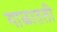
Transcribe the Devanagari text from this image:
गाळातली